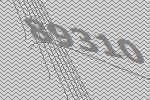
89310